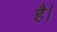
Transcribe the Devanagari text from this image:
है।ं